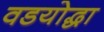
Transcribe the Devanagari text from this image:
वडयोद्धा